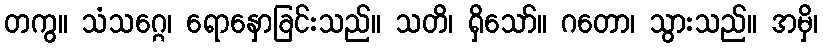
တကွ။ သံသဂ္ဂေ၊ ရောနှောခြင်းသည်။ သတိ၊ ရှိသော်။ ဂတော၊ သွားသည်။ အမှိ၊